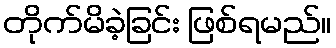
တိုက်မိခဲ့ခြင်း ဖြစ်ရမည်။